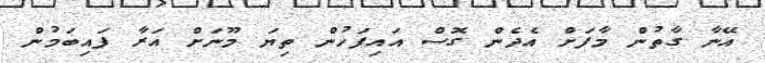
އޭނާ ގާތުން މާފަށް އެދެން ގޮސް އައިފަހުން ތިޔަ މޫނަށް އަރާ ފައިބަމުން